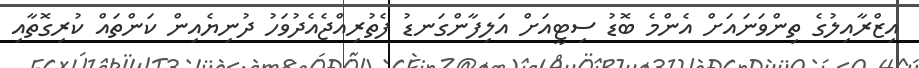
އިޒްރާއިލުގެ ތިންވަނައަށް އެންމެ ބޮޑު ސިޓީއަށް އަލިފާންގަނޑު ފެތުރިއްޖެއެދުވަހު ދުނިޔެއިން ކަންތައް ކުރިގޮތާއި